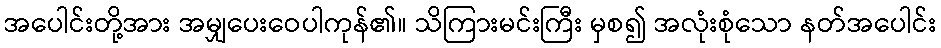
အပေါင်းတို့အား အမျှပေးဝေပါကုန်၏။ သိကြားမင်းကြီး မှစ၍ အလုံးစုံသော နတ်အပေါင်း